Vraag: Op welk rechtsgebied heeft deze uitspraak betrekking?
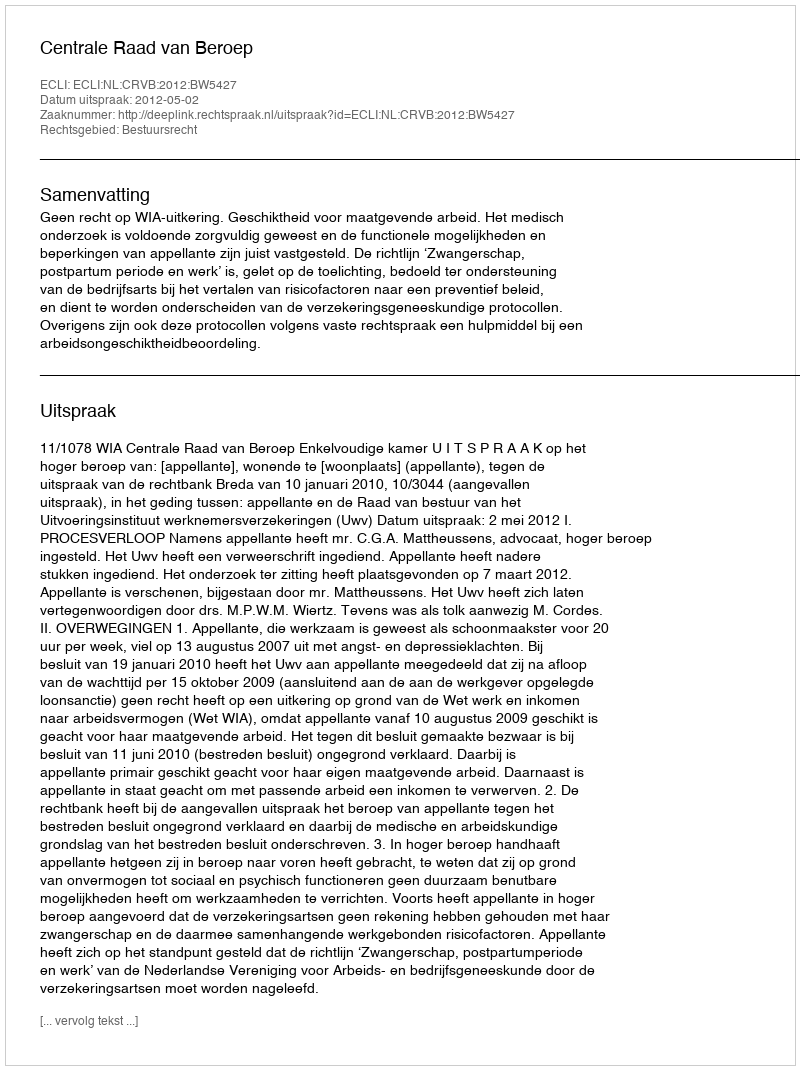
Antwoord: Bestuursrecht